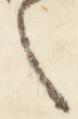
之